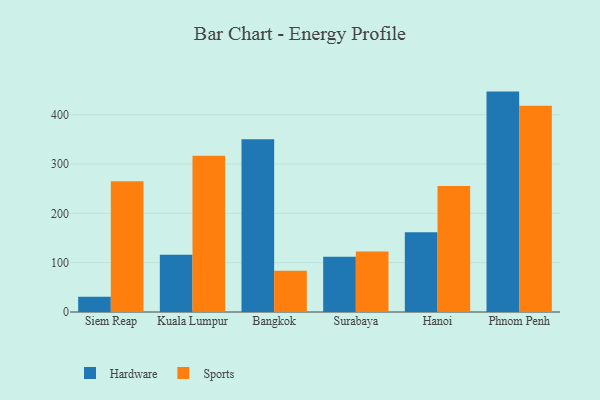
{"axis": {"x": "City", "y": "Website Visitors"}, "legend": ["Hardware", "Sports"], "data": [{"x": "Siem Reap", "y": 30.7, "type": "Hardware"}, {"x": "Siem Reap", "y": 265.3, "type": "Sports"}, {"x": "Kuala Lumpur", "y": 116.3, "type": "Hardware"}, {"x": "Kuala Lumpur", "y": 316.7, "type": "Sports"}, {"x": "Bangkok", "y": 350.4, "type": "Hardware"}, {"x": "Bangkok", "y": 83.4, "type": "Sports"}, {"x": "Surabaya", "y": 112.0, "type": "Hardware"}, {"x": "Surabaya", "y": 122.8, "type": "Sports"}, {"x": "Hanoi", "y": 161.6, "type": "Hardware"}, {"x": "Hanoi", "y": 255.3, "type": "Sports"}, {"x": "Phnom Penh", "y": 446.8, "type": "Hardware"}, {"x": "Phnom Penh", "y": 417.9, "type": "Sports"}]}